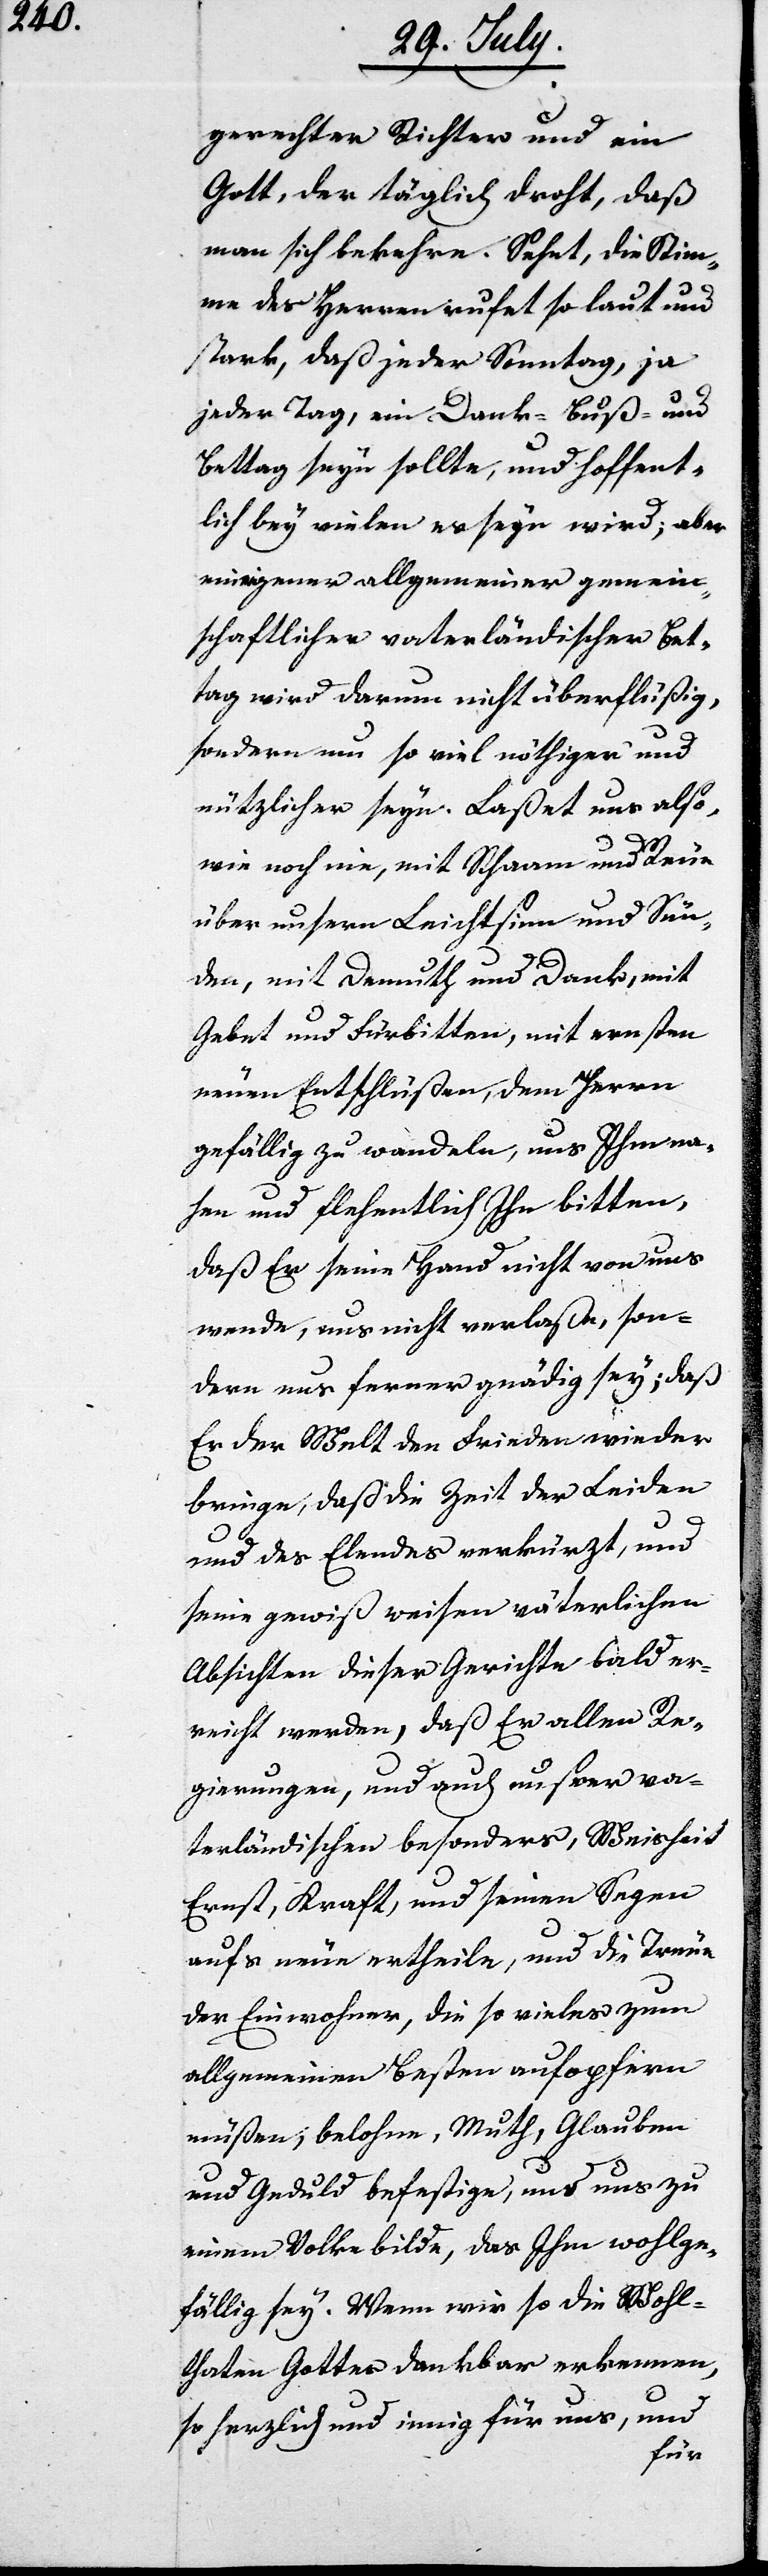
gerechter Richter und ein
Gott, der täglich droht, daß
man sich bekehre. Sehet, die Stim¬
me des Herren rufet so laut und
stark, daß jeder Sonntag, ja
jeder Tag, ein Dank- Buß- und
Bettag seyn sollte, und hoffent¬
lich bey vielen es seyn wird, aber
ein eigener allgemeiner gemein¬
schaftlicher vaterländischer Bet¬
tag wird darum nicht überflüßig,
sondern um so viel nöthiger und
nützlicher seyn. Laßet uns also,
wie noch nie, mit Schaam und Reue
über unsern Leichtsinn und Sün¬
den, mit Demuth und Dank, mit
Gebet und Fürbitten, mit ernsten
neuen Entschlüßen, dem Herrn
gefällig zu wandeln, uns Ihm na¬
hen und flehentlich Ihn bitten,
daß Er seine Hand nicht von uns
wende, uns nicht verlaße, son¬
dern uns ferner gnädig sey; daß
Er der Welt den Frieden wieder
bringe, daß die Zeit der Leiden
und des Elendes verkürzt, und
seine gewiß weisen väterlichen
Absichten dieser Gerichte bald er¬
reicht werden, daß Er allen Re¬
gierungen, und auch unsrer va¬
terländischen besonders, Weisheit,
Ernst, Kraft und seinen Segen
aufs neue ertheile, und die Treue
der Einwohner, die so vieles zum
allgemeinen Besten aufopfern
müßen, belohne, Muth, Glauben
und Geduld befestige, und uns zu
einem Volke bilde, das Ihm wohlge¬
fällig sey. Wenn wir so die Wohl¬
thaten Gottes dankbar erkennen,
so herzlich und innig für uns, und